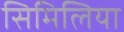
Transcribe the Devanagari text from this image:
सिमिलिया